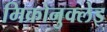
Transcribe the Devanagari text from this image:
मिक्रोनुक्लेइ